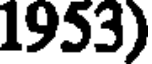
1953)